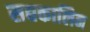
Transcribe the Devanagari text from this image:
सद्यकालिन